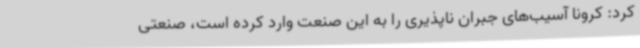
کرد: کرونا آسیب‌های جبران ناپذیری را به این صنعت وارد کرده است، صنعتی